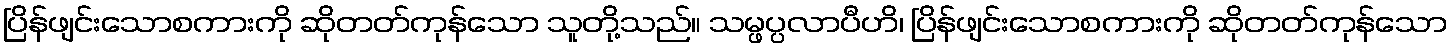
ပြိန်ဖျင်းသောစကားကို ဆိုတတ်ကုန်သော သူတို့သည်။ သမ္ဖပ္ပလာပီဟိ၊ ပြိန်ဖျင်းသောစကားကို ဆိုတတ်ကုန်သော